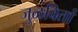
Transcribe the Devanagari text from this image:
जुळवितां